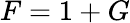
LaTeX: F=1+G